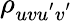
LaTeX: \rho_{uvu^{'}v^{'}}